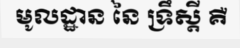
មូលដ្ឋាន នៃ ទ្រឹស្តី គឺ